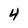
Character: 4